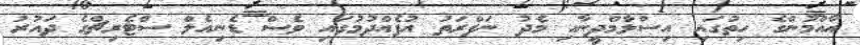
އާއްމުންގެ ހިތުގައި އިސްލާމްދީނާއި މެދު ނަފްރަތު އުފެއްދުމުގައި ވެސް ޑެނިއެލް ސްޓެރިޗްގެ ދައުރު